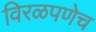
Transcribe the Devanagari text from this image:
विरळपणेच